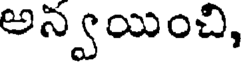
అన్వయించి,